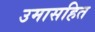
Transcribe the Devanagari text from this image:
उमासहित